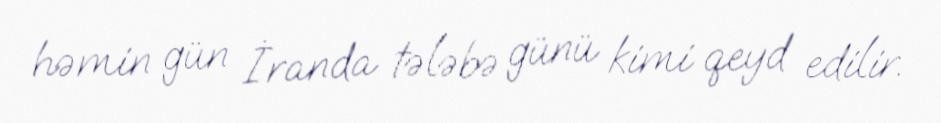
həmin gün İranda tələbə günü kimi qeyd edilir.